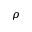
\rho